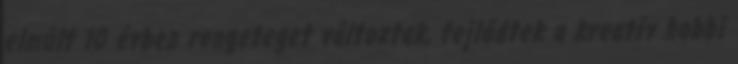
elmúlt 10 évben rengeteget változtak, fejlődtek a kreatív hobbi